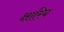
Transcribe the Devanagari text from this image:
क्षारिय